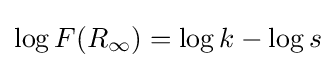
{\textstyle \log F(R_{\infty })=\log k-\log s}